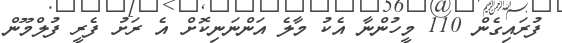
ފުރައިގެން 110 މީހުންނާ އެކު މާލެ އަންނަނިކޮށް އެ ރަށު ފެރީ ފުލްމޫން